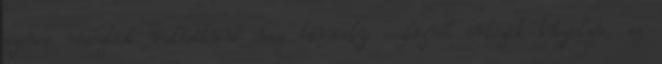
azonos riasztást valósítunk meg bármely eszközrõl érkezik tûzjelzés, az